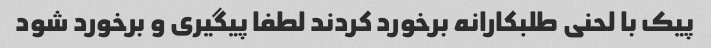
پیک با لحنی طلبکارانه برخورد کردند لطفا پیگیری و برخورد شود